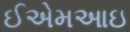
ઈએમઆઇ